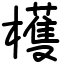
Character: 檴